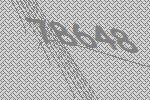
78648